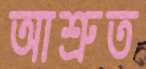
আশ্রুত